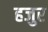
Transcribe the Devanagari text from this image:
हजुर